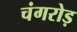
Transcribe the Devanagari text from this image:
चंगरोड़